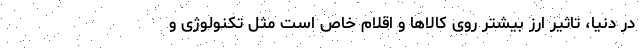
در دنیا، تاثیر ارز بیشتر روی کالاها و اقلام خاص است مثل تکنولوژی و